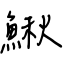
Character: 鰍